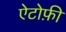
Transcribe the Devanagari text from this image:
ऐटोफ़ी